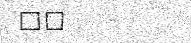
٨٣